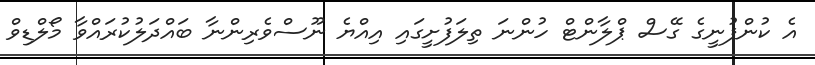
އެ ކުންފުނީގެ ގޭސް ޕްލާންޓް ހުންނަ ތިލަފުށީގައި އިއްޔެ ނޫސްވެރިންނާ ބައްދަލުކުރައްވާ މޯލްޑިވް